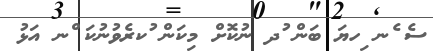
ސެ ެނ ިހޔަ ބަން ުދ ނުކޮށް މިކަން ުކރެވުނުކަ ްނ އަޅު